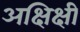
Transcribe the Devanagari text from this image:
अक्षिक्षी